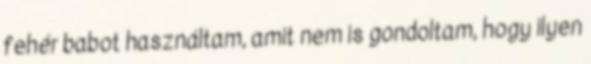
fehér babot használtam, amit nem is gondoltam, hogy ilyen